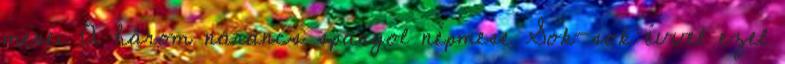
meséi A három narancs spanyol népmese Sok-sok évvel ezel